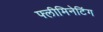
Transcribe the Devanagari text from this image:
फ्लीमिनेटिंग